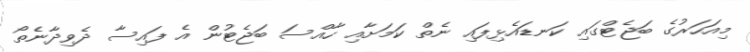
މިއަހަރުގެ ބަޖެޓްގައި ކަނޑައެޅިފައި ނެތް ކަމަށާއި ހާއްސަ ބަޖެޓުން އެ ފައިސާ ދެވިދާނެތޯ